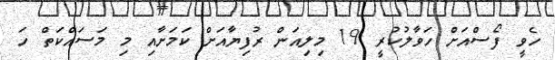
ހެވީ ފޯސްއަށް ހަވާލުކުރީ 19 މިލިއަން ރުފިޔާއަށް ކަމަށާއި މި މަސައްކަތް ހަ